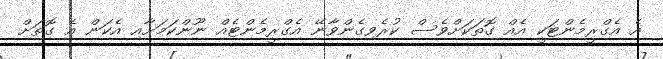
އެ އެގްރީމެންޓަކީ އެއް ގޮތަކަށްވެސް ކުރެވިގެންވާނޭ އެގްރީމެންޓެއް ނޫންކަމަށާއި އެކަން އެ ގޮތަށް